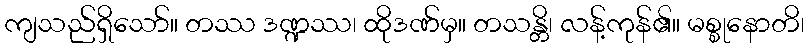
ကျသည်ရှိသော်။ တဿ ဒဏ္ဍဿ၊ ထိုဒဏ်မှ။ တသန္တိ၊ လန့်ကုန်၏။ မစ္စုနောတိ၊